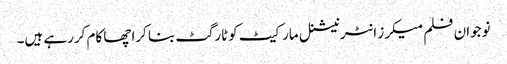
نوجوان فلم میکرز انٹرنیشنل مارکیٹ کوٹارگٹ بنا کراچھا کام کررہے ہیں۔